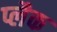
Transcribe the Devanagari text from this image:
प्लैक